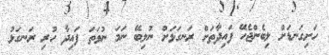
ހަށިގަނޑަށް ލިބެންޖެހޭ ފައިދާތަށް ރަނގަޅަށް ނުލިބޭ ނަމަ ނުވަތަ ފައިދާ ހުރި ރަނގަޅު